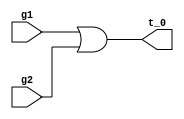
module patch(t_0, g2, g1);
	input g2, g1;
	output t_0;
	or (t_0, g1, g2);
endmodule